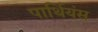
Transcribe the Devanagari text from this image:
पार्थियंस